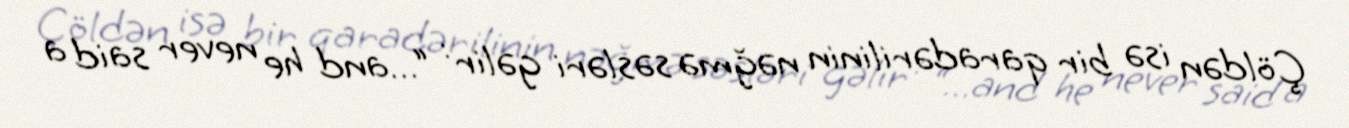
Çöldən isə bir qaradərilinin nəğmə səsləri gəlir : “…and he never said a